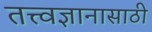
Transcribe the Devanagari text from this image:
तत्त्वज्ञानासाठी